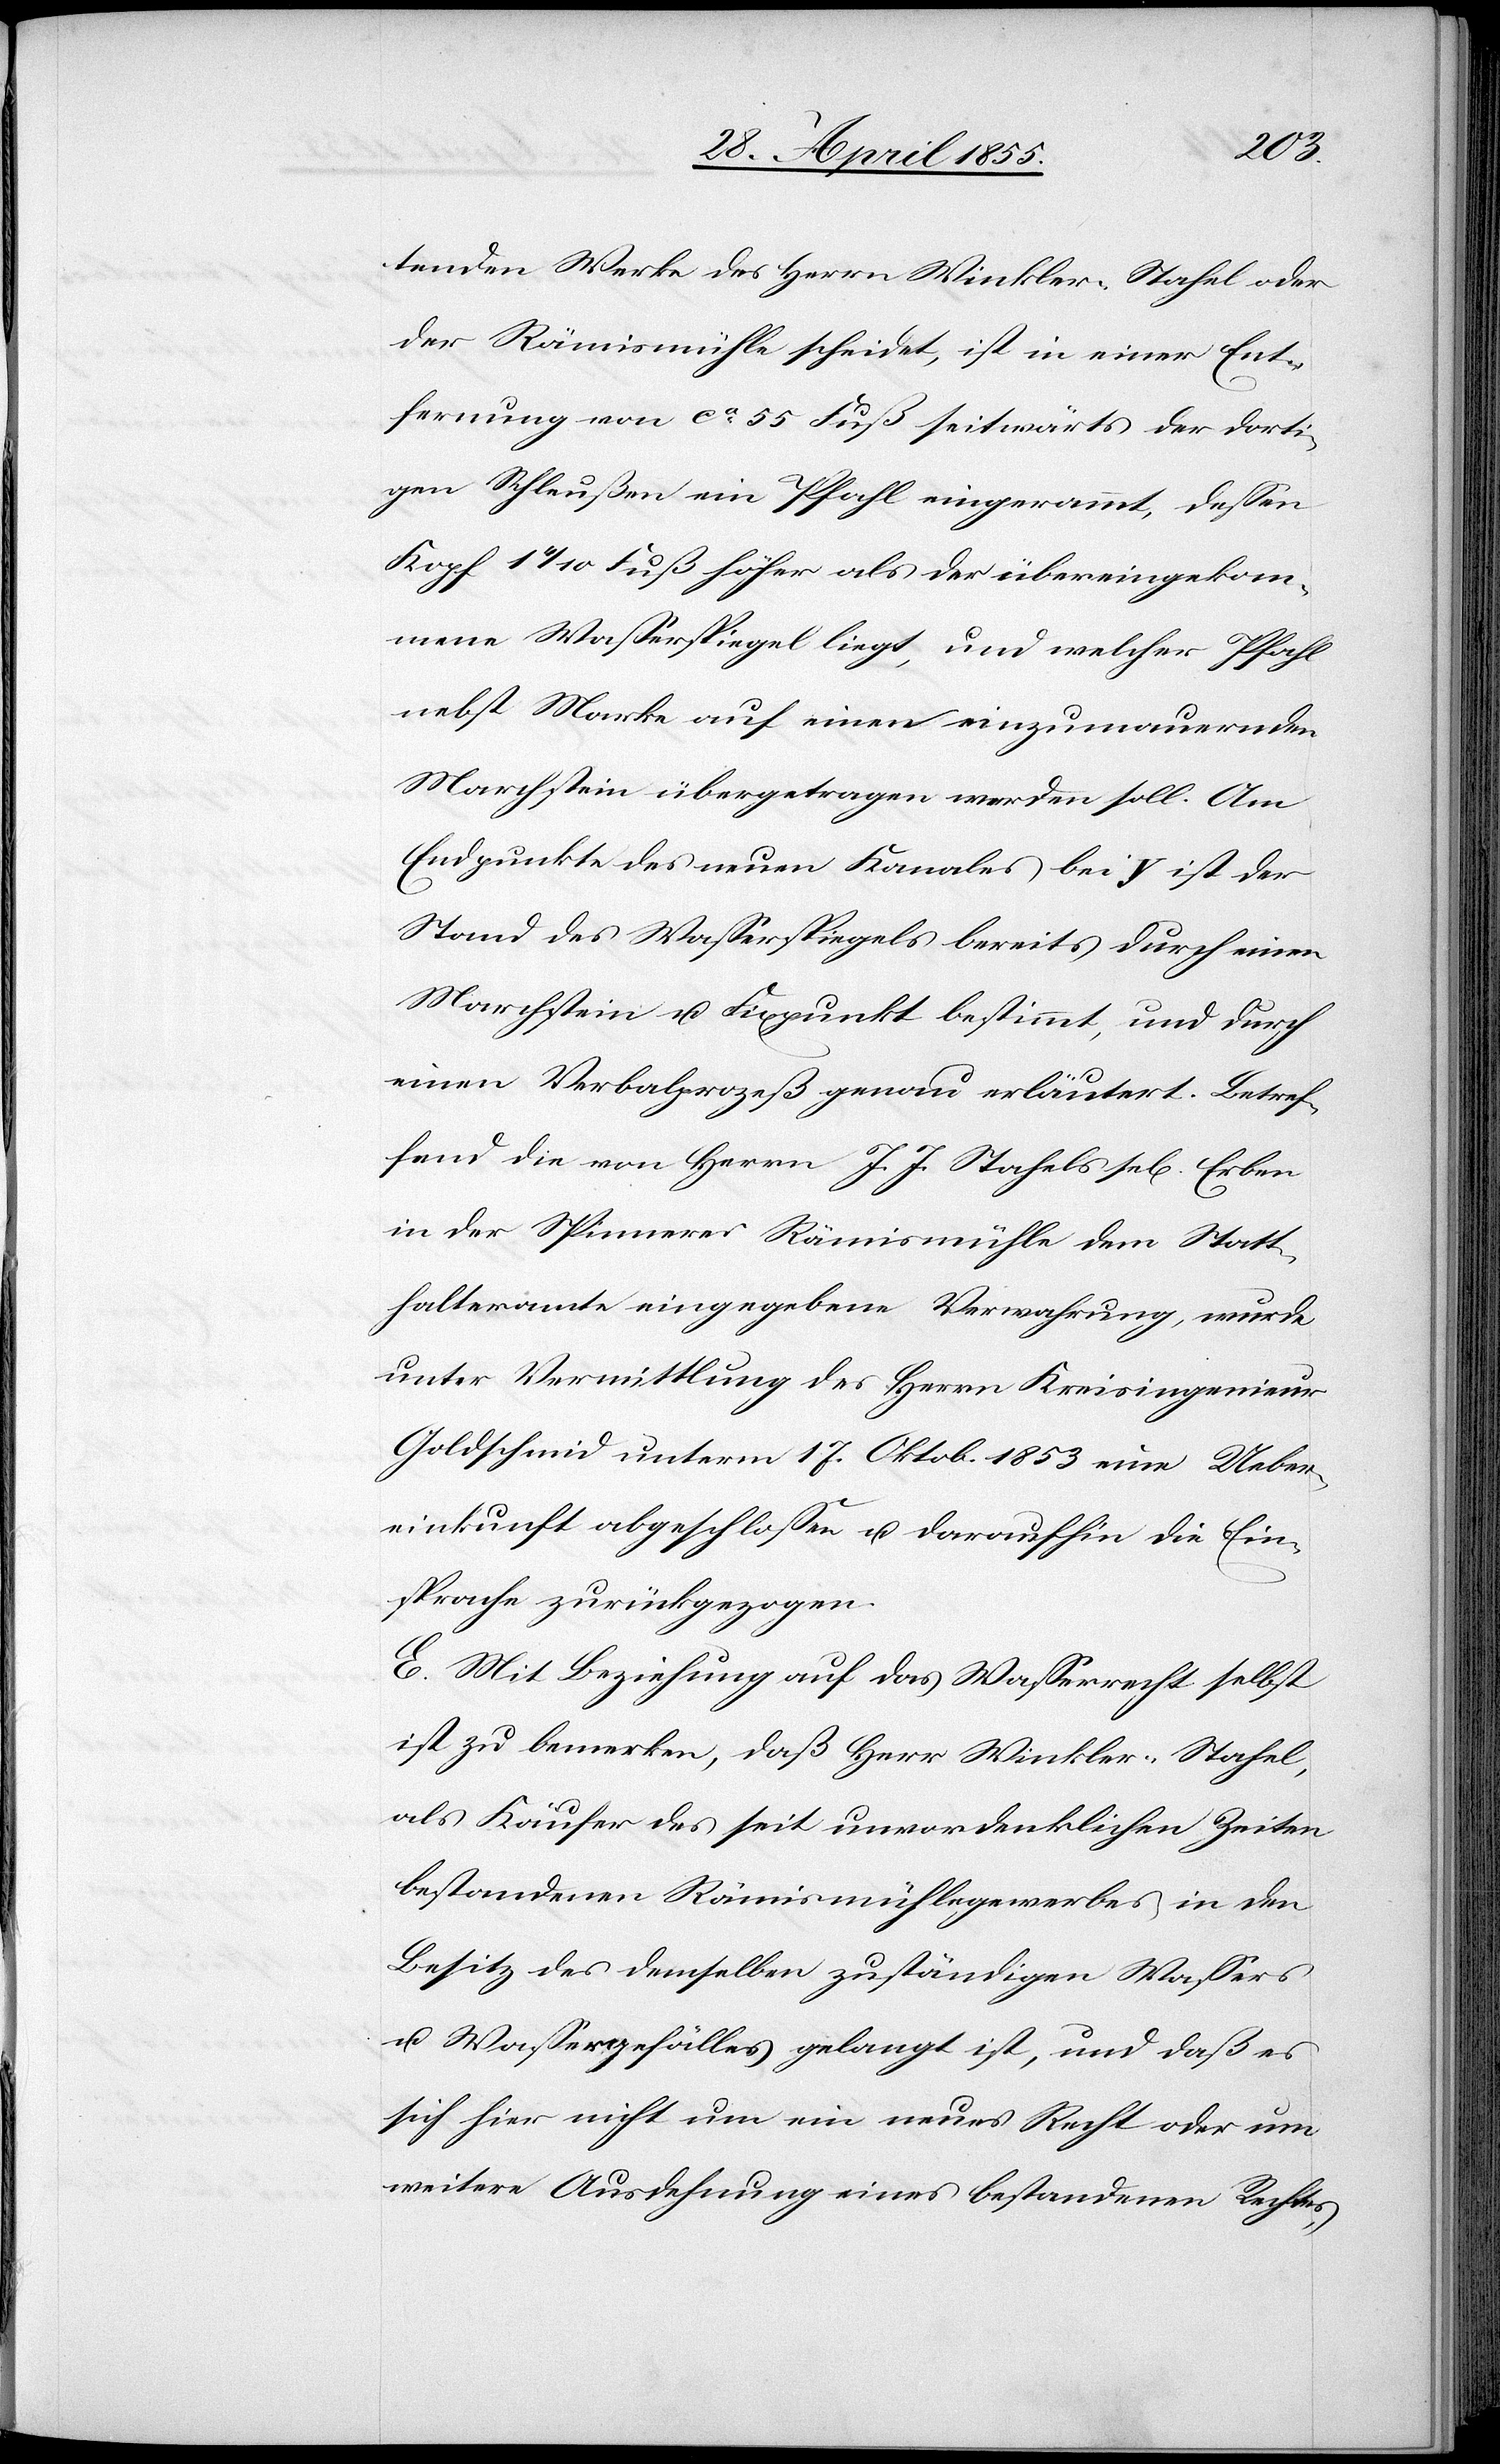
tenden Werke des Herrn Winkler-Stahel oder
der Rämismühle scheidet, ist in einer Ent¬
fernung von ca. 55 Fuß seitwärts der dorti¬
gen Schleußen ein Pfahl eingerammt, dessen
Kopf 1 4/10 Fuß höher als der übereingekom¬
mene Wasserspiegel liegt, und welcher Pfahl
nebst Marke auf einen einzumauernden
Marchstein übergetragen werden soll. Am
Endpunkte des neuen Kanales bei y ist der
Stand des Wasserspiegels bereits durch einen
Marchstein u. Fixpunkt bestimmt, und durch
einen Verbalprozeß genau erläutert. Betref¬
fend die von Herrn J. J. Stahels sel[igen] Erben
in der Spinnerei Rämismühle dem Statt¬
halteramte eingegebene Verwahrung, wurde
unter Vermittlung des Herrn Kreisingenieur
Goldschmid unterm 17. Oktob. 1853 eine Ueber¬
einkunft abgeschlossen u. daraufhin die Ein¬
sprache zurückgezogen.
E. Mit Beziehung auf das Wasserrecht selbst
ist zu bemerken, daß Herr Winkler-Stahel,
als Käufer des seit unvordenklichen Zeiten
bestandenen Rämismühlegewerbes in den
Besitz des demselben zuständigen Wassers
u. Wassergefälles gelangt ist, und daß es
sich hier nicht um ein neues Recht oder um
weitere Ausdehnung eines bestandenen Rechtes,